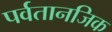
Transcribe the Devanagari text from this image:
पर्वतानजिक